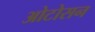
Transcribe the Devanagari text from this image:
ओटोसन